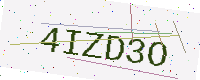
Text: 4IZD3O